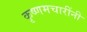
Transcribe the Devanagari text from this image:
कृष्णमचारींनी